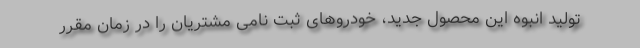
تولید انبوه این محصول جدید، خودروهای ثبت نامی مشتریان را در زمان مقرر